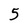
Character: 5